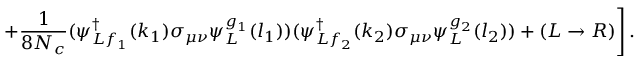
\left. + \frac { 1 } { 8 N _ { c } } ( \psi _ { L f _ { 1 } } ^ { \dagger } ( k _ { 1 } ) \sigma _ { \mu \nu } \psi _ { L } ^ { g _ { 1 } } ( l _ { 1 } ) ) ( \psi _ { L f _ { 2 } } ^ { \dagger } ( k _ { 2 } ) \sigma _ { \mu \nu } \psi _ { L } ^ { g _ { 2 } } ( l _ { 2 } ) ) + \left( L \rightarrow R \right) \right] .